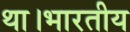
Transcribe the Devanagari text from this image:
था।भारतीय